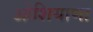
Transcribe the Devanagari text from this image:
ओशियाणा